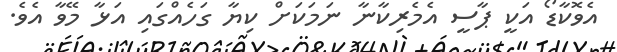
އެވޮކާޑޯ އަކީ ޕާސީ އެމެރިކާނާ ނަމަކަށް ކިޔާ ގަހެއްގައި އަޅާ މޭވާ އެވެ.